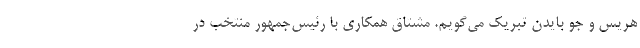
هریس و جو بایدن تبریک می‌گویم. مشتاق همکاری با رئیس‌جمهور منتخب در